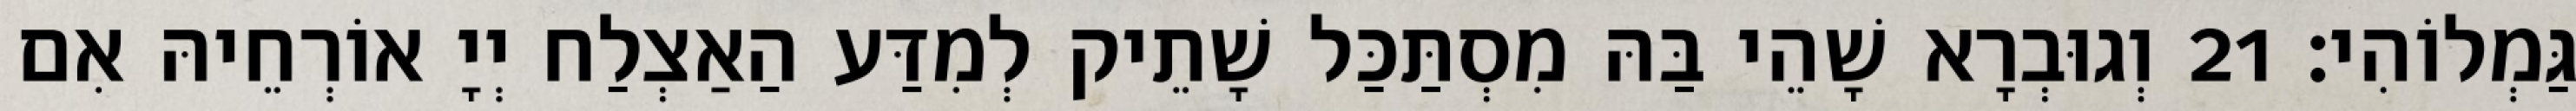
גַּמְלוֹהִי׃ 21 וְגוּבְרָא שָׁהֵי בַּהּ מִסְתַּכַּל שָׁתֵיק לְמִדַּע הַאַצְלַח יְיָ אוֹרְחֵיהּ אִם